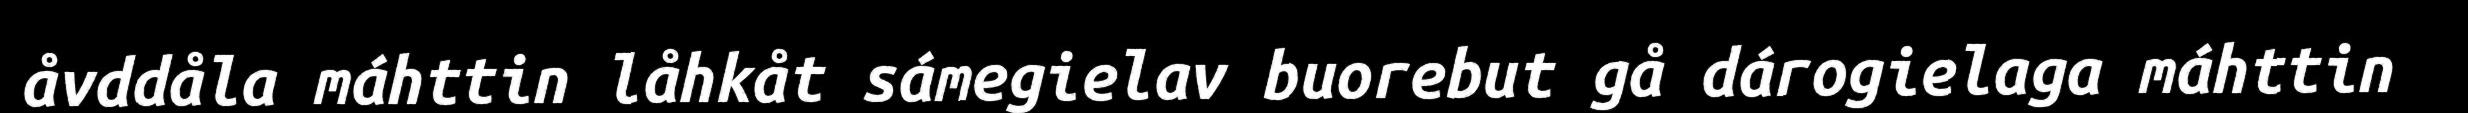
åvddåla máhttin låhkåt sámegielav buorebut gå dárogielaga máhttin